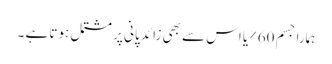
ہمارا جسم 60% یا اس سے بھی زائد پانی پر مشتمل ہوتا ہے ۔